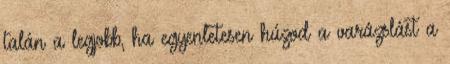
talán a legjobb, ha egyenletesen húzod a varázslást a